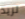
تريد